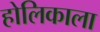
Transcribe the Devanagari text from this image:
होलिकाला